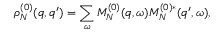
\rho _ { N } ^ { ( 0 ) } ( q , q ^ { \prime } ) = \sum _ { \omega } M _ { N } ^ { ( 0 ) } ( q , \omega ) M _ { N } ^ { ( 0 ) * } ( q ^ { \prime } , \omega ) ,